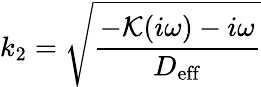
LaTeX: k_{2}=\sqrt{\frac{-{\mathcal K(i\omega)-i\omega}}{D_{\mathrm{eff}}}}